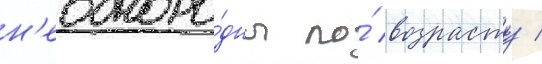
н'еодноро́дны по́ возрасту /